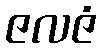
ဇလဇံ